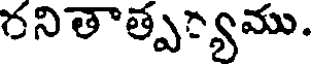
గనితాత్ప్యము.